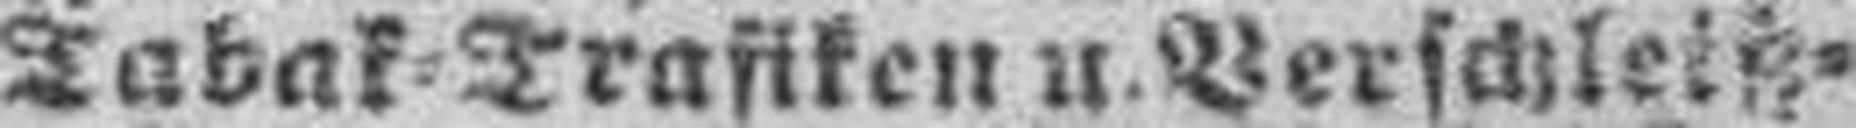
Tabak= Trafiken u. Verschleitz¬